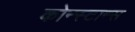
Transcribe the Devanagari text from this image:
कोन्स्टान्स